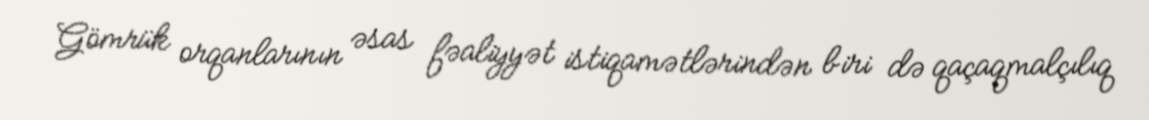
Gömrük orqanlarının əsas fəaliyyət istiqamətlərindən biri də qaçaqmalçılıq